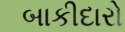
બાકીદારો